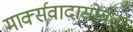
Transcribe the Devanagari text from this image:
मार्क्सवादासोबत